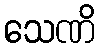
သေဏိ